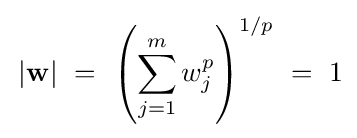
\,|\mathbf {w} |~=~\left(\sum _{j=1}^{m}w_{j}^{p}\right)^{1/p}~=~1